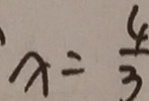
x = \frac { 4 } { 3 }